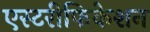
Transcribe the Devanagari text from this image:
एस्टरीफिकेशन